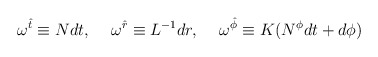
\begin{align*}\omega^{\hat{t}} \equiv Ndt, \hspace{5mm} \omega^{\hat{r}} \equiv L^{-1}dr,\hspace{5mm} \omega^{\hat{\phi}} \equiv K(N^{\phi}dt+d\phi) \end{align*}